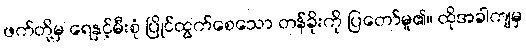
ဖက်တို့မှ ရေနှင့်မီးစုံ ပြိုင်ထွက်စေသော တန်ခိုးကို ပြတော်မူ၏။ ထိုအခါကျမှ